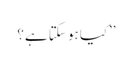
’’کیا ہو سکتا ہے؟